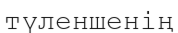
түленшенің